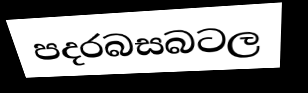
පදරබසබටල